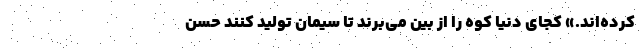
کرده‌اند.» کجای دنیا کوه را از بین می‌برند تا سیمان تولید کنند حسن